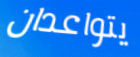
يتواعدان